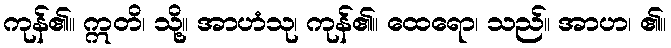
ကုန်၏။ ဣတိ၊ သို့။ အာဟံသု၊ ကုန်၏။ ထေရော၊ သည်။ အာဟ၊ ၏။